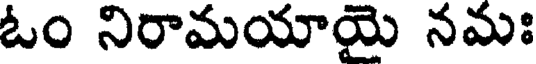
ఓం నిరామయాయై నమః